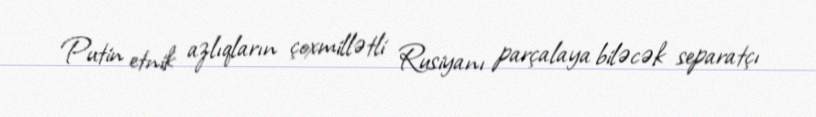
Putin etnik azlıqların çoxmillətli Rusiyanı parçalaya biləcək separatçı